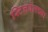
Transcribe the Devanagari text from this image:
स्टिलवेलच्या